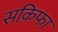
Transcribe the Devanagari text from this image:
सकिफा